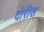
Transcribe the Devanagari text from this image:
दोरीस